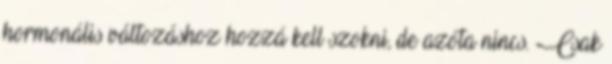
hormonális változáshoz hozzá kell szokni, de azóta nincs. Csak